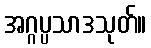
အဂ္ဂပ္ပသာဒသုတ်။